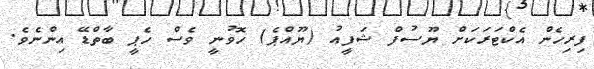
ފިރިހެން އެކްޓަރަކަށް ޔޫސުފް ޝަފީއު (ޔޫއްޕެ) ހޮވުނީ ވެސް ހެޕީ ބާތްޑޭ އިންނެވެ.